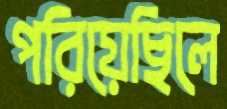
পরিয়েছিলে